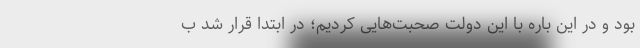
بود و در این باره با این دولت صحبت‌هایی کردیم؛ در ابتدا قرار شد ب